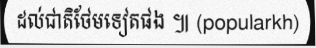
ដល់ជាតិថែមទៀតផង ៕ (popularkh)